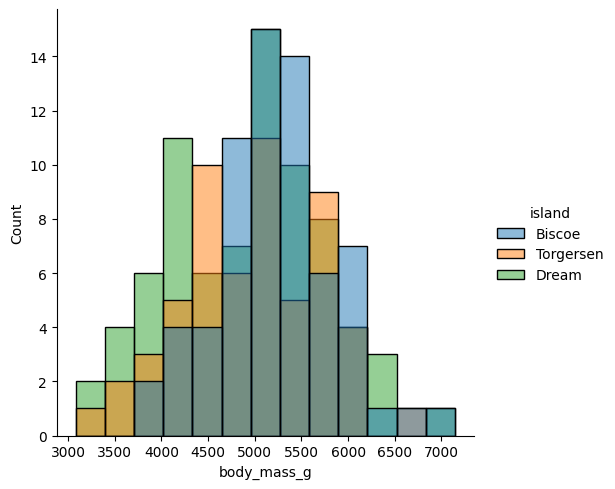
python, seaborn, displot, kind='hist', column='body_mass_g', hue='island', height=5, aspect=1.0